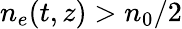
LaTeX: n_{e}(t,z)>n_{0}/2